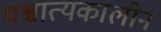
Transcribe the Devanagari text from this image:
पश्चात्यकालीन